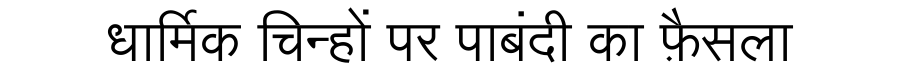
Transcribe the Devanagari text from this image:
धार्मिक चिन्हों पर पाबंदी का फ़ैसला